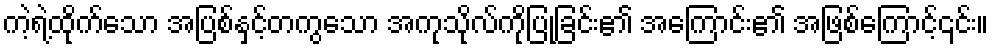
ကဲ့ရဲ့ထိုက်သော အပြစ်နှင့်တကွသော အကုသိုလ်ကိုပြုခြင်း၏ အကြောင်း၏ အဖြစ်ကြောင့်၎င်း။